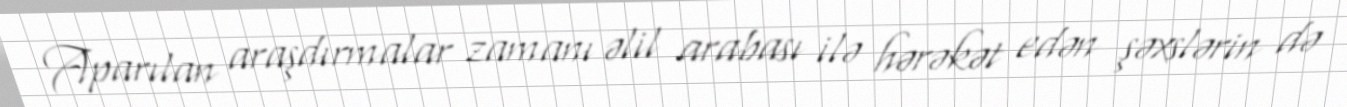
Aparılan araşdırmalar zamanı əlil arabası ilə hərəkət edən şəxslərin də